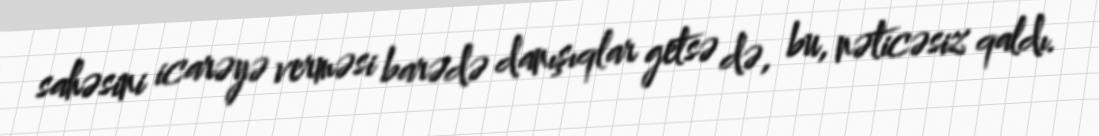
sahəsini icarəyə verməsi barədə danışıqlar getsə də, bu, nəticəsiz qaldı.